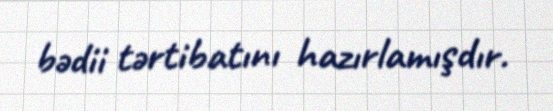
bədii tərtibatını hazırlamışdır.